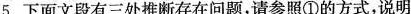
5.下面文段有三处推断存在问题，请参照①的方式，说明